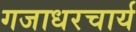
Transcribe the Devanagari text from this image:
गजाधरचार्य